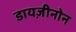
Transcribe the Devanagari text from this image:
डायज़ीनोन